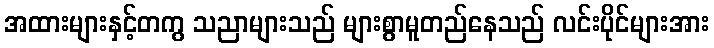
အထားများနှင့်တကွ သညာများသည် များစွာမူတည်နေသည် လင်းပိုင်များအား